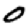
Digit: 0